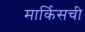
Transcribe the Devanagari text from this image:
मार्किसची